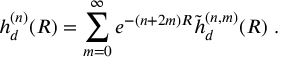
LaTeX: h _ { d } ^ { ( n ) } ( R ) = \sum _ { m = 0 } ^ { \infty } e ^ { - ( n + 2 m ) R } \tilde { h } _ { d } ^ { ( n , m ) } ( R ) \ .